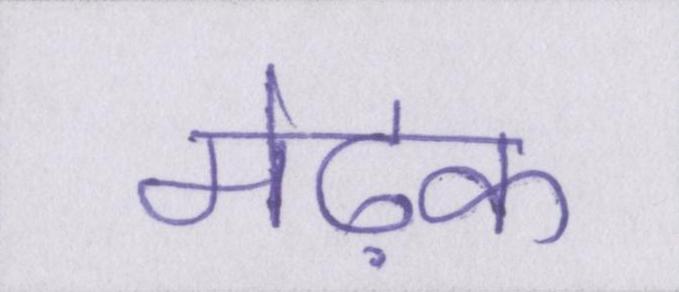
मेढ़क